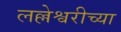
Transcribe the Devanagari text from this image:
लल्लेश्वरीच्या